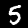
Digit: 5